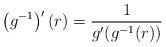
LaTeX: \begin{align*} \left(g^{-1}\right)'(r) = \frac{1}{g'(g^{-1}(r))}\qquad\end{align*}